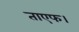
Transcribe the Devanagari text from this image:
ताएफ।